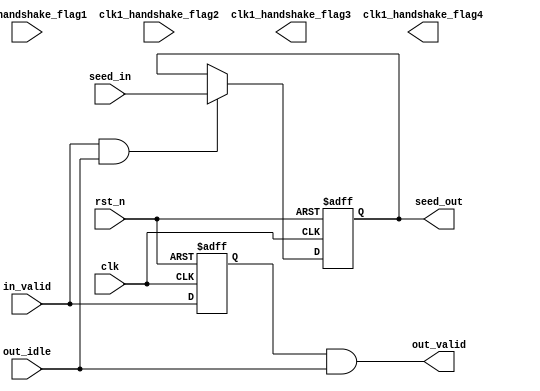
module CLK_1_MODULE (
    clk,
    rst_n,
    in_valid,
    seed_in,
    out_idle,
    out_valid,
    seed_out,

    clk1_handshake_flag1,
    clk1_handshake_flag2,
    clk1_handshake_flag3,
    clk1_handshake_flag4
);

input clk;
input rst_n;
input in_valid;
input [31:0] seed_in;
input out_idle;
output reg out_valid;
output reg [31:0] seed_out;

// You can change the input / output of the custom flag ports
input clk1_handshake_flag1;
input clk1_handshake_flag2;
output clk1_handshake_flag3;
output clk1_handshake_flag4;

reg [31:0] seed_reg;
reg in_valid_d1;

//store input
//output when input is stored
//for JG check, ensure not receiving new data and not outputing different data when !out_idle

//seed_reg
always @(posedge clk or negedge rst_n) begin
    if(!rst_n)                      seed_reg <= 32'd0;
    else if(in_valid & out_idle)    seed_reg <= seed_in;
    else                            seed_reg <= seed_reg;
end
//in_valid_d1
always @(posedge clk or negedge rst_n) begin
    if(!rst_n)  in_valid_d1 <= 1'b0;
    else        in_valid_d1 <= in_valid;
end
//output
always @(*) begin
    out_valid = in_valid_d1 & out_idle;
    seed_out = seed_reg;
end




endmodule

module CLK_2_MODULE (
    clk,
    rst_n,
    in_valid,
    fifo_full,
    seed,
    out_valid,
    rand_num,
    busy,

    handshake_clk2_flag1,
    handshake_clk2_flag2,
    handshake_clk2_flag3,
    handshake_clk2_flag4,

    clk2_fifo_flag1,
    clk2_fifo_flag2,
    clk2_fifo_flag3,
    clk2_fifo_flag4
);

input clk;
input rst_n;
input in_valid;
input fifo_full;
input [31:0] seed;
output reg out_valid;
output reg [31:0] rand_num;
output busy;

// You can change the input / output of the custom flag ports
input handshake_clk2_flag1;
input handshake_clk2_flag2;
output handshake_clk2_flag3;
output handshake_clk2_flag4;

input clk2_fifo_flag1;
input clk2_fifo_flag2;
output clk2_fifo_flag3;
output clk2_fifo_flag4;

reg [31:0] seed_reg;
reg in_valid_d1;
reg [31:0] seed_now;
reg [31:0] seed_nxt_reg, seed_nxt_comb1, seed_nxt_comb2, seed_nxt_comb3, seed_nxt_comb4;
reg [7:0] cnt;
reg out_flag;

//calculate the result and store to FIFO if ~fifo_full
//stop calculating and remain last result if fifo_full

//seed_reg
always @(posedge clk or negedge rst_n) begin
    if(!rst_n)          seed_reg <= 32'd0;
    else if(in_valid)   seed_reg <= seed;
    else                seed_reg <= seed_reg;
end
//in_valid_d1
always @(posedge clk or negedge rst_n) begin
    if(!rst_n)  in_valid_d1 <= 1'b0;
    else        in_valid_d1 <= in_valid;
end
//seed_now
always @(*) begin
    if(in_valid_d1) seed_now = seed_reg;
    else            seed_now = seed_nxt_reg;
end
//seed_nxt
always @(*) begin
    seed_nxt_comb1 = seed_now;
    seed_nxt_comb2 = seed_nxt_comb1 ^ (seed_nxt_comb1 << 13);
    seed_nxt_comb3 = seed_nxt_comb2 ^ (seed_nxt_comb2 >> 17); //! pipeline?
    seed_nxt_comb4 = seed_nxt_comb3 ^ (seed_nxt_comb3 << 5);
end
always @(posedge clk or negedge rst_n) begin
    if(!rst_n)          seed_nxt_reg <= 32'd0;
    else if(fifo_full)  seed_nxt_reg <= seed_nxt_reg;
    else                seed_nxt_reg <= seed_nxt_comb4;
end
//cnt
always @(posedge clk or negedge rst_n) begin
    if(!rst_n)              cnt <= 'd0;
    else if(in_valid_d1)    cnt <= 'd0;
    else if(fifo_full)      cnt <= cnt;
    else                    cnt <= cnt + 'd1;
end
//out_flag
always @(posedge clk or negedge rst_n) begin
    if(!rst_n)                          out_flag <= 1'b0;
    else if(in_valid_d1)                out_flag <= 1'b1;
    else if(cnt=='d255 && ~fifo_full)   out_flag <= 1'b0;
end
//busy
assign busy = out_flag;

//output
//reset to 0 after output 256 times
//cannot output when fifo_full
always @(*) begin
    if(out_flag && ~fifo_full) begin
        out_valid = 1'b1;
        rand_num = seed_nxt_reg;
    end
    else begin
        out_valid = 1'b0;
        rand_num = 32'd0;
    end
end


endmodule

module CLK_3_MODULE (
    clk,
    rst_n,
    fifo_empty,
    fifo_rdata,
    fifo_rinc,
    out_valid,
    rand_num,

    fifo_clk3_flag1,
    fifo_clk3_flag2,
    fifo_clk3_flag3,
    fifo_clk3_flag4
);

input clk;
input rst_n;
input fifo_empty;
input [31:0] fifo_rdata;
output reg fifo_rinc;
output reg out_valid;
output reg [31:0] rand_num;

// You can change the input / output of the custom flag ports
input fifo_clk3_flag1;
input fifo_clk3_flag2;
output fifo_clk3_flag3;
output fifo_clk3_flag4;

reg out_valid_comb;
reg [31:0] rand_num_comb;
reg fifo_empty_d1, fifo_empty_d2;

//output result if ~fifo_empty

//fifo_rinc
always @(*) begin
    if(~fifo_empty) begin
        fifo_rinc = 1'b1;
    end
    else begin
        fifo_rinc = 1'b0;
    end
end
//fifo_empty delay
always @(posedge clk or negedge rst_n) begin
    if(!rst_n)  fifo_empty_d1 <= 1'b1;
    else        fifo_empty_d1 <= fifo_empty;
end
always @(posedge clk or negedge rst_n) begin
    if(!rst_n)  fifo_empty_d2 <= 1'b1;
    else        fifo_empty_d2 <= fifo_empty_d1;
end
//output
always @(*) begin
    if(~fifo_empty_d2) begin
        out_valid = 1'b1;
        rand_num = fifo_rdata;
    end
    else begin
        out_valid = 1'b0;
        rand_num = 'd0;
    end
end

/*
//out_valid
always @(posedge clk or negedge rst_n) begin
    if(!rst_n)  out_valid <= 1'b0;
    else        out_valid <= out_valid_comb;
end
//rand_num
always @(posedge clk or negedge rst_n) begin
    if(!rst_n)  rand_num <= 32'd0;
    else        rand_num <= rand_num_comb;
end
*/



endmodule